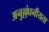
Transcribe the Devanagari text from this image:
अनुल्लंघनीयता